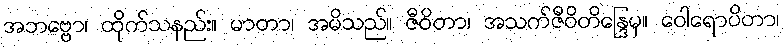
အဘဗ္ဗော၊ ထိုက်သနည်း။ မာတာ၊ အမိသည်။ ဇီဝိတာ၊ အသက်ဇီဝိတိန္ဒြေမှ။ ဝေါရောပိတာ၊